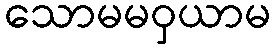
သောမမဝှယာမ